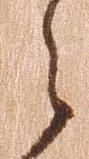
之